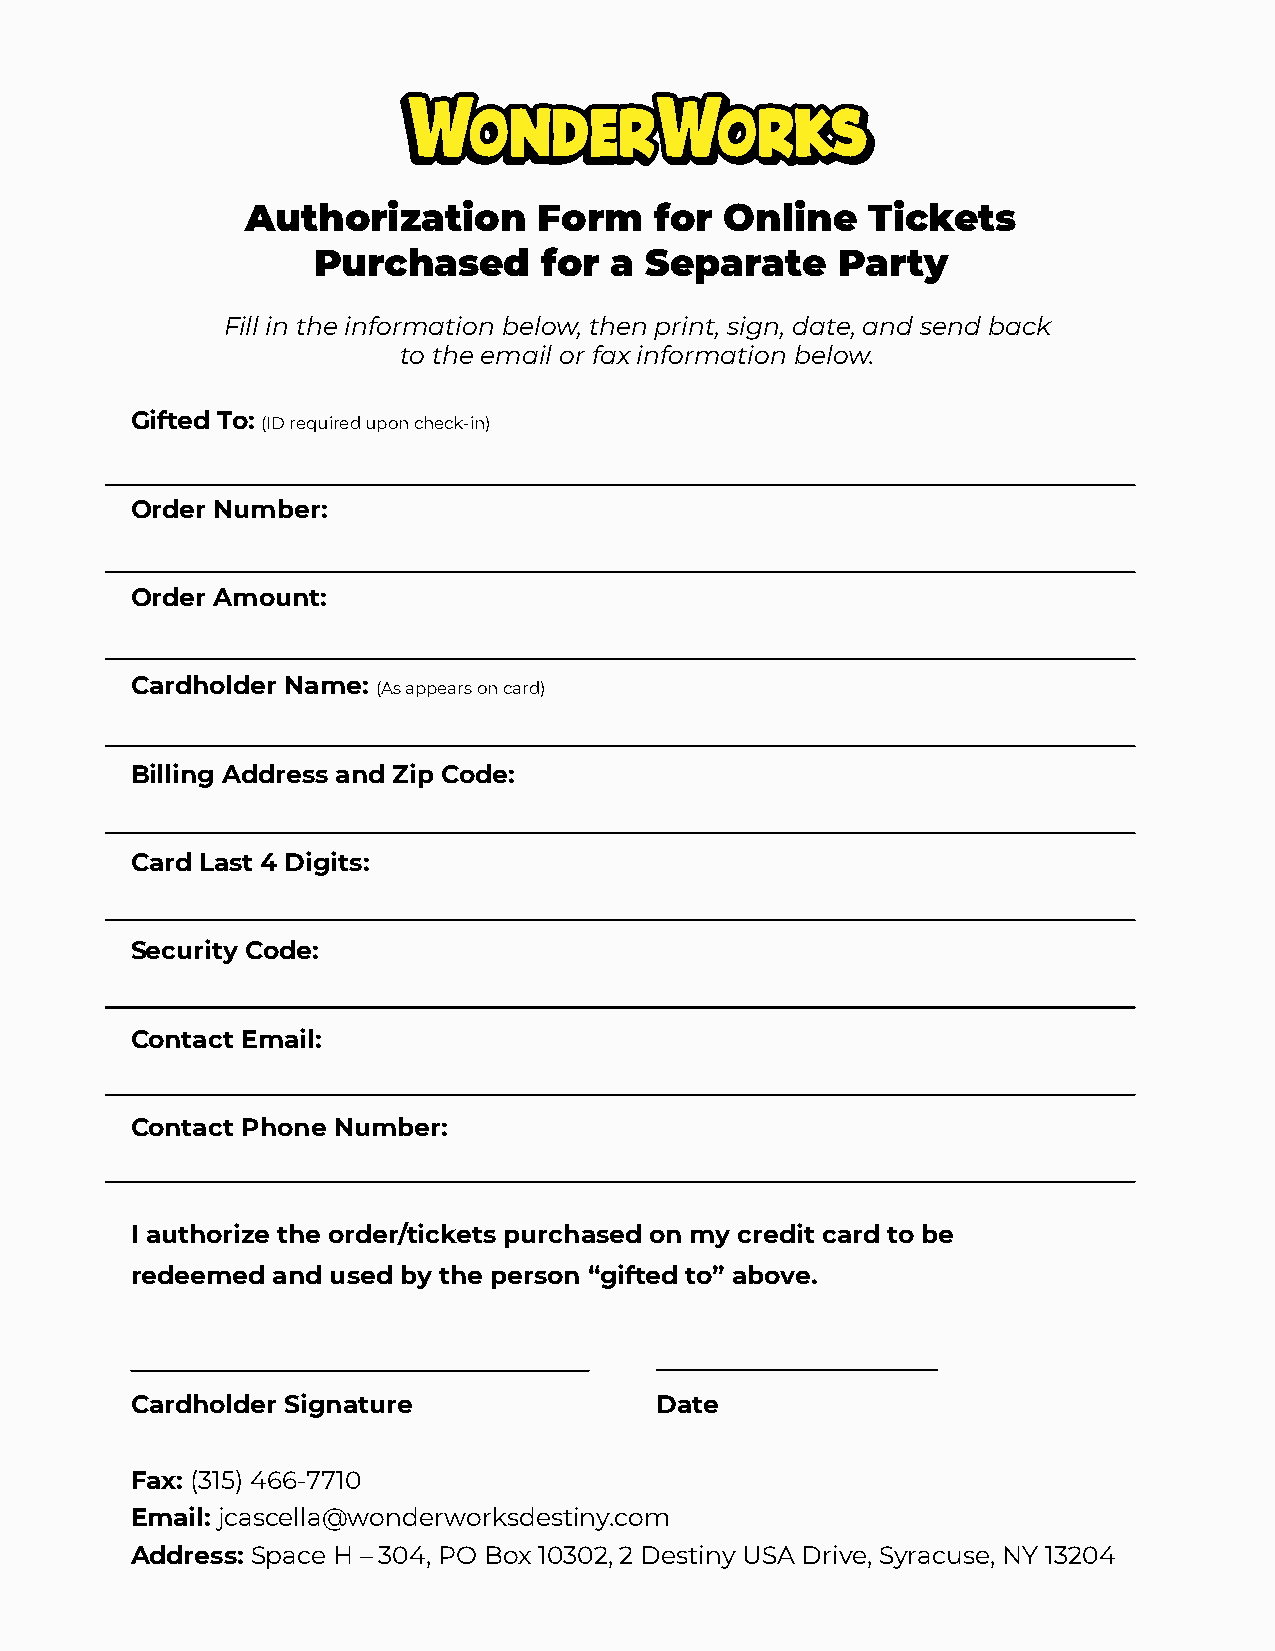
Authorization       Form   for  Online    Tickets
 Purchased      for a  Separate    Party
 Fill in the information below, then print, sign, date, and send back
 to the email or fax information below.
 Gifted To: (ID required upon check-in)
 Order Number:
 Order Amount:
 Cardholder Name: (As appears on card)
 Billing Address and Zip Code:
 Card Last 4 Digits:
 Security Code:
 Contact Email:
 Contact Phone Number:
 I authorize the order/tickets purchased on my credit card to be
 redeemed and used by the person “gifted to” above.
 Cardholder Signature              Date
 Fax: (315) 466-7710
 Email: jcascella@wonderworksdestiny.com
 Address: Space H – 304, PO Box 10302, 2 Destiny USA Drive, Syracuse, NY 13204